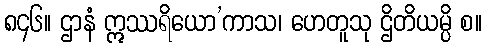
၈၄၆။ ဌာနံ ဣဿရိယော’ကာသ၊ ဟေတူသု ဌိတိယမ္ပိ စ။